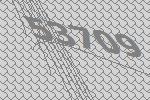
53709